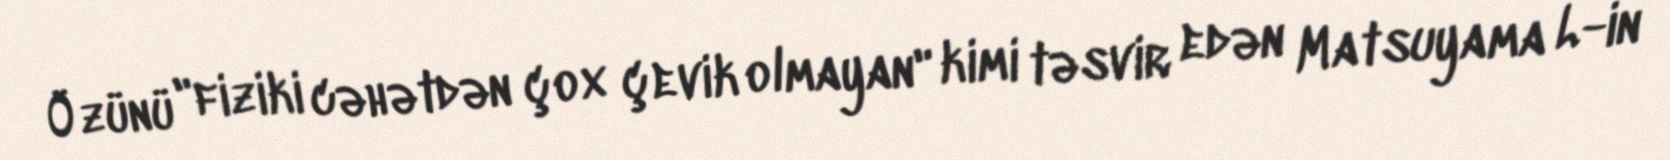
Özünü "fiziki cəhətdən çox çevik olmayan" kimi təsvir edən Matsuyama L-in